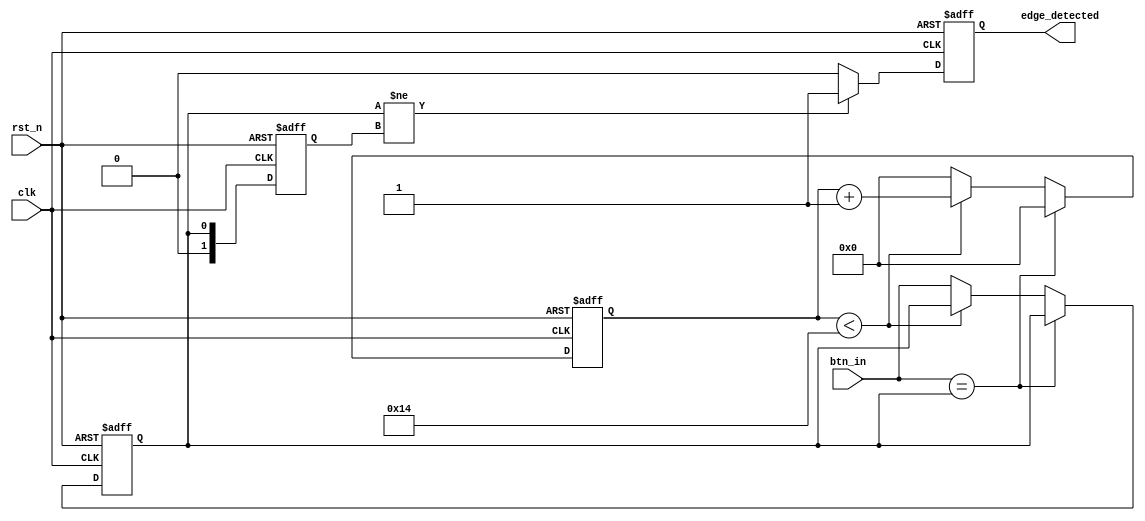
module debounced_edge_detector (
    input wire clk,               // Clock signal
    input wire rst_n,             // Active low reset
    input wire btn_in,            // Input signal (button or switch)
    output reg edge_detected      // Output signal indicating a valid edge
);

    // Parameters
    parameter DEBOUNCE_TIME = 20; // Debounce time in clock cycles

    // State registers
    reg [1:0] state;               // Current and previous state of the input
    reg [4:0] debounce_counter;    // Counter for debounce time
    reg stable_signal;             // Signal after debounce logic

    // State encoding
    localparam LOW = 1'b0;
    localparam HIGH = 1'b1;

    // Debounce Logic and Edge Detection
    always @(posedge clk or negedge rst_n) begin
        if (!rst_n) begin
            state <= LOW;
            debounce_counter <= 0;
            stable_signal <= LOW;
            edge_detected <= 0;
        end else begin
            // Check for stable signal
            if (btn_in == stable_signal) begin
                // If stable, reset the counter
                debounce_counter <= 0;
            end else begin
                // If not stable, increment the counter
                if (debounce_counter < DEBOUNCE_TIME) begin
                    debounce_counter <= debounce_counter + 1;
                end else begin
                    // If counter reaches debounce time, update stable signal
                    stable_signal <= btn_in;
                    debounce_counter <= 0;
                end
            end

            // Edge detection logic
            if (stable_signal != state) begin
                // Edge detected
                edge_detected <= 1;
            end else begin
                // No edge detected
                edge_detected <= 0;
            end

            // Update state
            state <= stable_signal;
        end
    end

endmodule